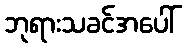
ဘုရားသခင်အပေါ်